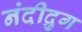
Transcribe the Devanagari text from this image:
नंदीद्रुग